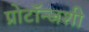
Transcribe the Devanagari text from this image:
प्रोटॉन्जशी